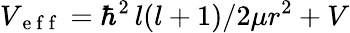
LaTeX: V_{\mathrm{~e~f~f~}}=\hbar^{2}\, l(l+1)/2\mu r^{2}+V